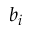
b _ { i }